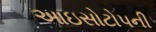
આઇસોટોપની